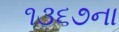
૧૩૬૭ના